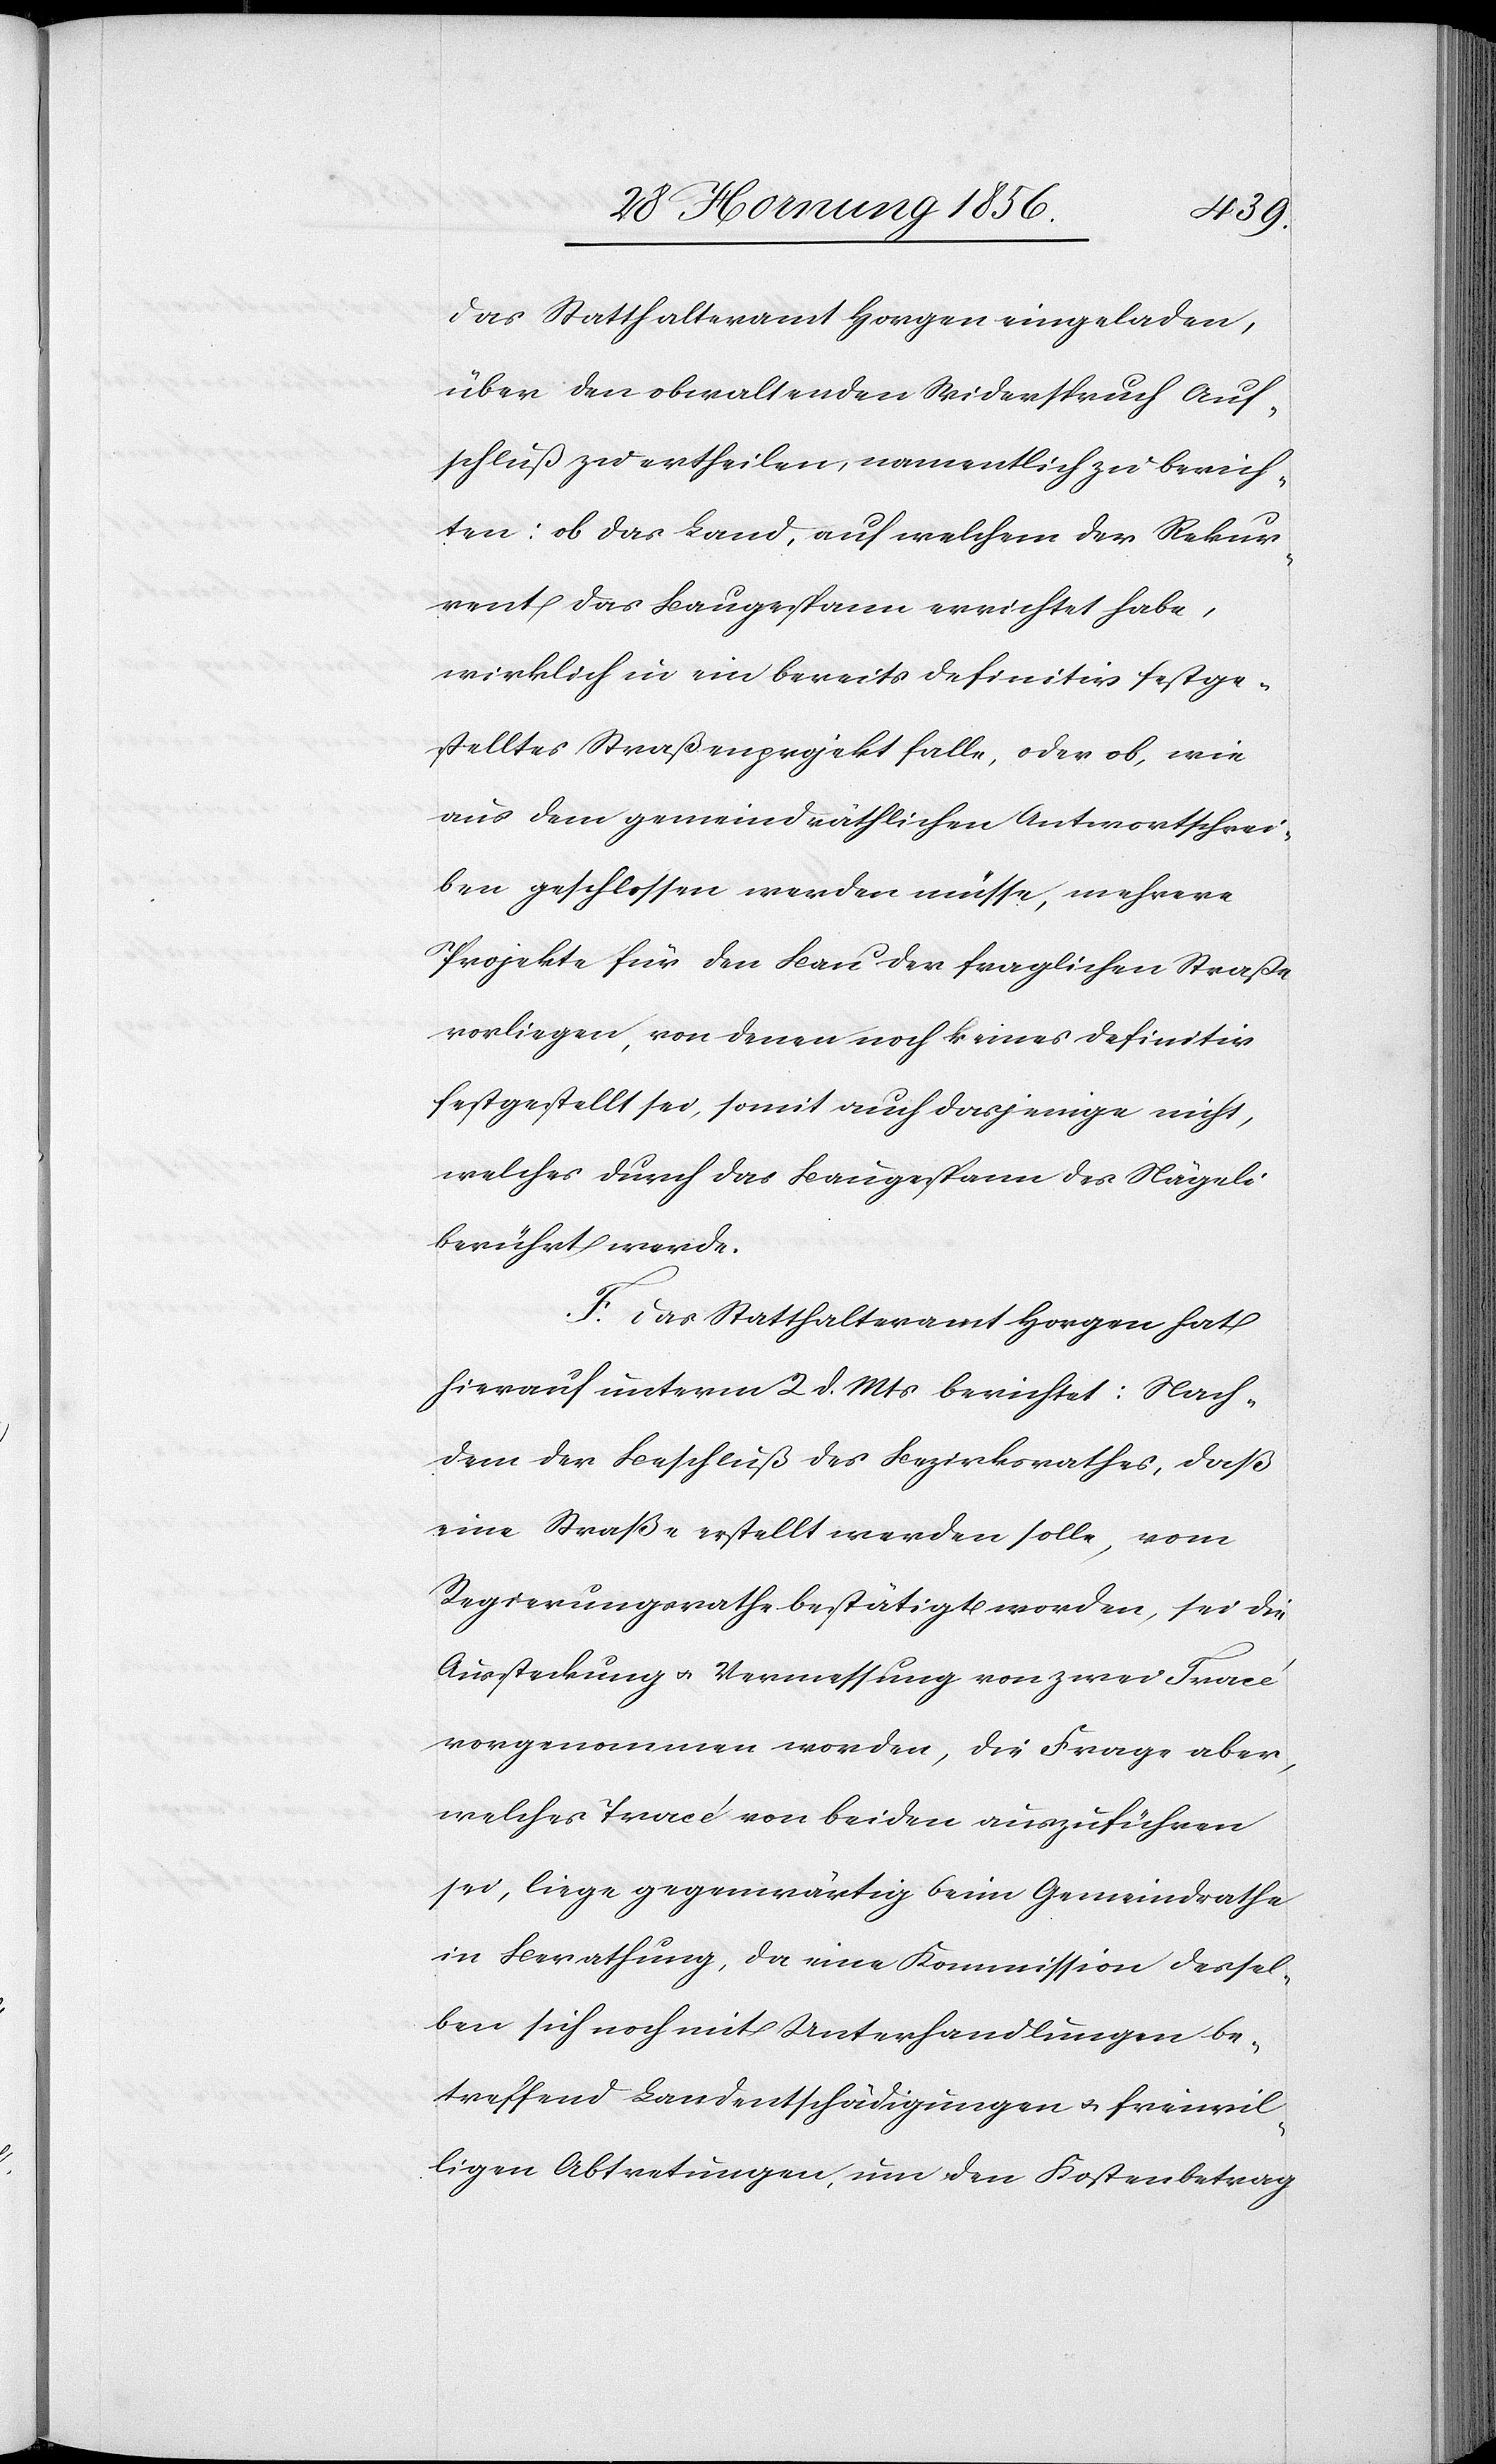
das Statthalteramt Horgen eingeladen,
über den obwaltenden Widerspruch Auf¬
schluß zu ertheilen, namentlich zu berich¬
ten: ob das Land, auf welchem der Rekur¬
rent das Baugespann errichtet habe,
wirklich in ein bereits definitiv festge¬
stelltes Straßenprojekt falle, oder ob, wie
aus dem gemeindräthlichen Antwortschrei¬
ben geschlossen werden müsse, mehrere
Projekte für den Bau der fraglichen Straße
vorliegen, von denen noch keines definitiv
festgestellt sei, somit auch dasjenige nicht,
welches durch das Baugespann des Nägeli
berührt werde.
F. Das Statthalteramt Horgen hat
hierauf unterm 2 d. Mts berichtet: Nach¬
dem der Beschluß des Bezirksrathes, daß
eine Straße erstellt werden solle, vom
Regierungsrathe bestätigt worden, sei die
Aussteckung u. Vermessung von zwei Tracé
vorgenommen worden, die Frage aber,
welches Tracé von beiden auszuführen
sei, liegen gegenwärtig beim Gemeindrathe
in Berathung, da eine Kommission dessel¬
ben sich noch mit Unterhandlungen be¬
treffend Landentschädigungen u. freiwil¬
ligen Abtretungen, um den Kostenbetrag